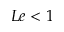
L e < 1